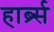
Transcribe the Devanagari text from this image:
हार्ब्र्स